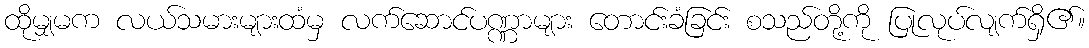
ထိုမျှမက လယ်သမားများထံမှ လက်ဆောင်ပဏ္ဏာများ တောင်းခံခြင်း စသည်တို့ကို ပြုလုပ်လျက်ရှိ၏။